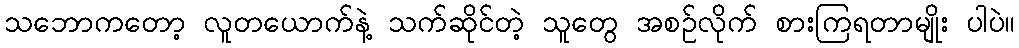
သဘောကတော့ လူတယောက်နဲ့ သက်ဆိုင်တဲ့ သူတွေ အစဉ်လိုက် စားကြရတာမျိုး ပါပဲ။